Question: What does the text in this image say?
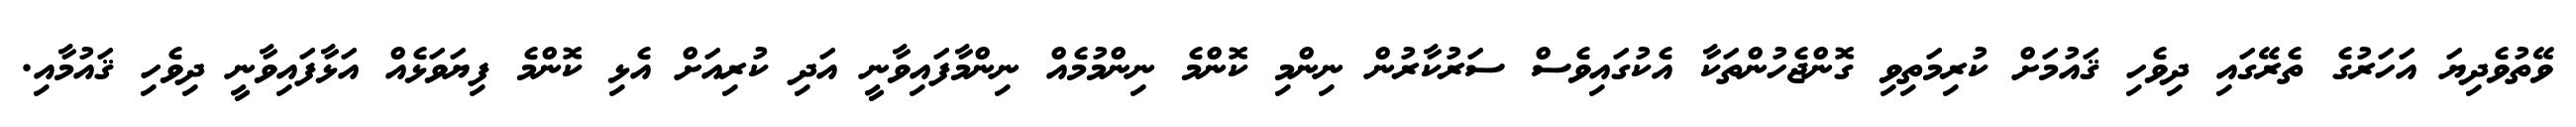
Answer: ވޭތުވެދިޔަ އަހަރުގެ ތެރޭގައި ދިވެހި ޤައުމަށް ކުރިމަތިވި ގޮންޖެހުންތަކާ އެކުގައިވެސް ސަރުކާރުން ނިންމި ކޮންމެ ނިންމުމެއް ނިންމާފައިވާނީ އަދި ކުރިއަށް އެޅި ކޮންމެ ފިޔަވަޅެއް އަޅާފައިވާނީ ދިވެހި ޤައުމާއި.